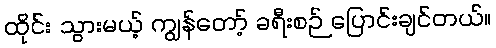
ထိုင်း သွားမယ့် ကျွန်တော့် ခရီးစဉ် ပြောင်းချင်တယ်။